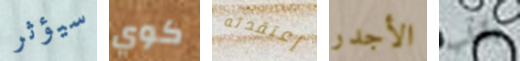
سيؤثر كوي إعتقدته الأجدر بقلب